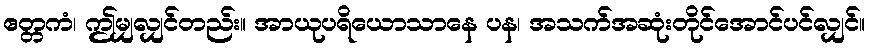
ဧတ္တကံ၊ ဤမျှလျှင်တည်း။ အာယုပရိယောသာနေ ပန၊ အသက်အဆုံးတိုင်အောင်ပင်လျှင်။